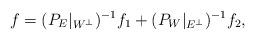
LaTeX: \begin{align*}f= (P_E|_{W^\perp})^{-1} f_1 + (P_W|_{E^\perp})^{-1}f_2,\end{align*}